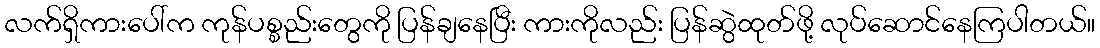
လက်ရှိကားပေါ်က ကုန်ပစ္စည်းတွေကို ပြန်ချနေပြီး ကားကိုလည်း ပြန်ဆွဲထုတ်ဖို့ လုပ်ဆောင်နေကြပါတယ်။